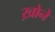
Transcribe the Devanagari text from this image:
ख़ोने